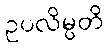
ဥပလိမ္ပတိ